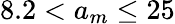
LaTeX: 8.2<a_{m}\le 25